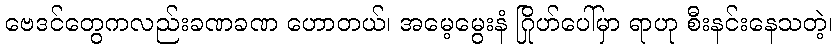
ဗေဒင်တွေကလည်းခဏခဏ ဟောတယ်၊ အမေ့မွေးနံ ဂြိုဟ်ပေါ်မှာ ရာဟု စီးနင်းနေသတဲ့၊